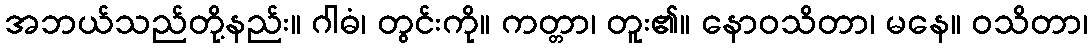
အဘယ်သည်တို့နည်း။ ဂါဓံ၊ တွင်းကို။ ကတ္တာ၊ တူး၏။ နောဝသိတာ၊ မနေ။ ဝသိတာ၊